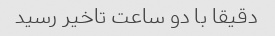
دقیقا با دو ساعت تاخیر رسید